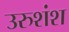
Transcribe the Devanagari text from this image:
उरुशंश